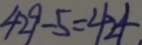
4 2 9 - 5 = 4 2 4